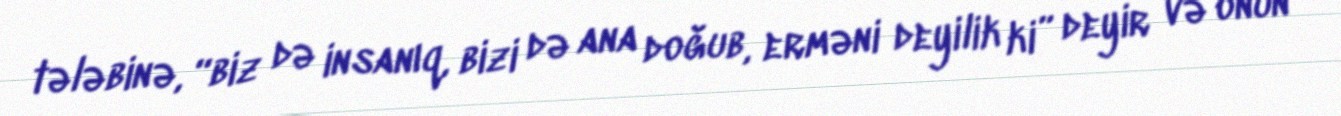
tələbinə, “biz də insanıq, bizi də ana doğub, erməni deyilik ki” deyir və onun